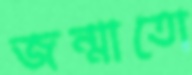
জন্মাতো